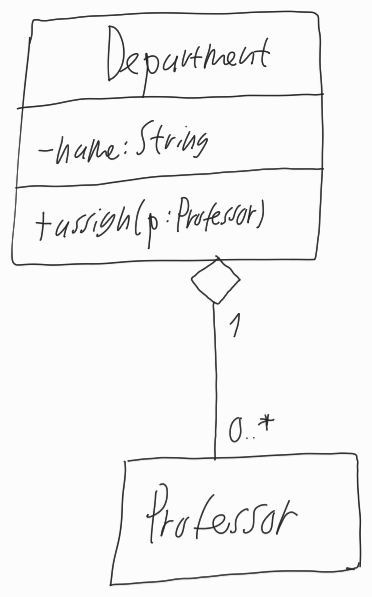
Diagram type: class_diagram
```plantuml
@startuml

class Department {
  - name: String
  + assign(p: Professor)
}

class Professor

Department "1" o-- "0..*" Professor

@enduml
```